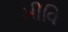
મીવિ